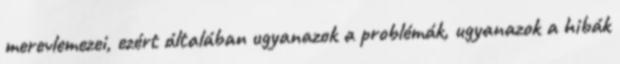
merevlemezei, ezért általában ugyanazok a problémák, ugyanazok a hibák